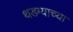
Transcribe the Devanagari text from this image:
थडग्याच्या